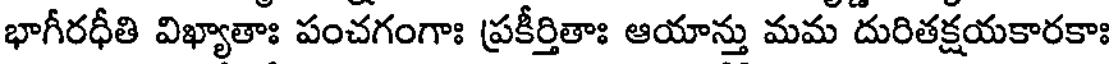
భాగీరధీతి విఖ్యాతాః పంచగంగాః ప్రకీర్తితాః ఆయాన్తు మమ దురితక్షయకారకాః